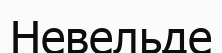
Невельде